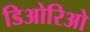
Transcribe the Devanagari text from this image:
डिओरिओ